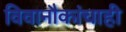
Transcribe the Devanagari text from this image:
विवानौकांचाही